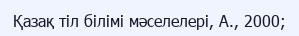
Қазақ тіл білімі мәселелері, А., 2000;